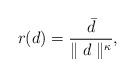
LaTeX: \begin{align*} r(d)= \frac{\bar{d}}{\parallel d\parallel^\kappa},\end{align*}